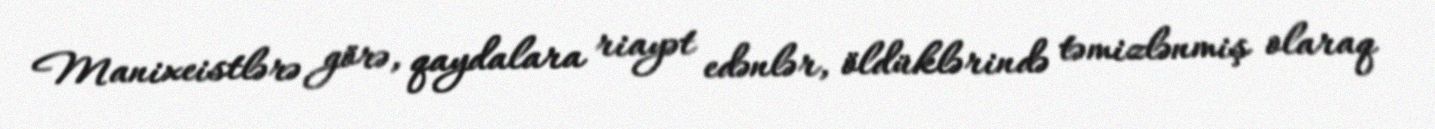
Manixeistlərə görə, qaydalara riayət edənlər, öldüklərində təmizlənmiş olaraq